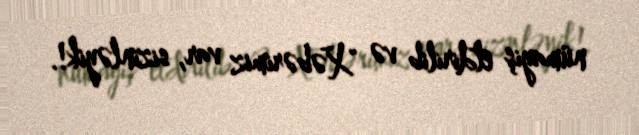
nümayiş etdirilib və "Xəbərimiz var, sizinləyik!.